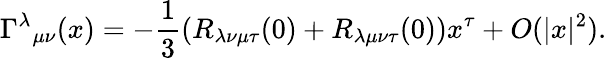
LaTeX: {\Gamma^{\lambda}}_{\mu\nu}(x)=-{\frac{1}{3}}(R_{\lambda\nu\mu\tau}(0)+R_{\lambda\mu\nu\tau}(0))x^{\tau}+O(|x|^{2}).